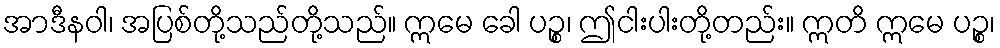
အာဒီနဝါ၊ အပြစ်တို့သည်တို့သည်။ ဣမေ ခေါ ပဉ္စ၊ ဤငါးပါးတို့တည်း။ ဣတိ ဣမေ ပဉ္စ၊